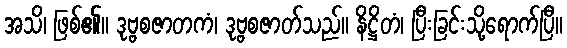
အသိ၊ ဖြစ်၏။ ဒုဗ္ဗစဇာတကံ၊ ဒုဗ္ဗစဇာတ်သည်။ နိဋ္ဌိတံ၊ ပြီးခြင်းသို့ရောက်ပြီ။